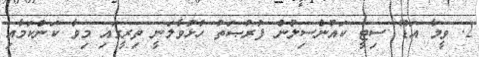
2. ވީމާ އަޑޫ ސިޓީ ކައުންސިލުން ފުރުޞަތު ހުޅުވާލަނީ ތިރީގައި މިވާ ކަންކަމާއި